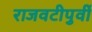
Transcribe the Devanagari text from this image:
राजवटीपुर्वी